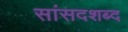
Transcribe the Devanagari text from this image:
सांसदशब्द